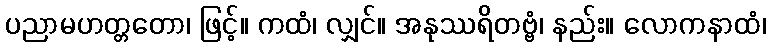
ပညာမဟတ္တတော၊ ဖြင့်။ ကထံ၊ လျှင်။ အနုဿရိတဗ္ဗံ၊ နည်း။ လောကနာထံ၊